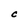
Character: C